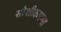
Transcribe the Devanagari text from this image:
सोशीकपणा